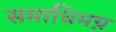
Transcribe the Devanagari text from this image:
समाधिमग्न